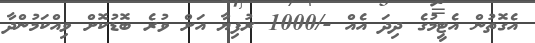
އެގޮތުން އެޓީމުގެ ދިދަ އެއް -/1000 ރުފިޔާ އަށް ވުރެ ބޮޑުކޮށް ވިއްކަމުންދާ